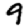
Digit: 9